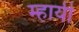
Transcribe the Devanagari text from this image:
म्हायी